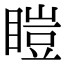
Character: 䁗